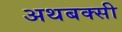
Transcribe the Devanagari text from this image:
अथबक्सी